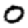
Digit: 0